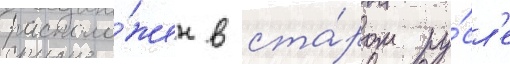
располо́жен в ста́ром ру́сл'е